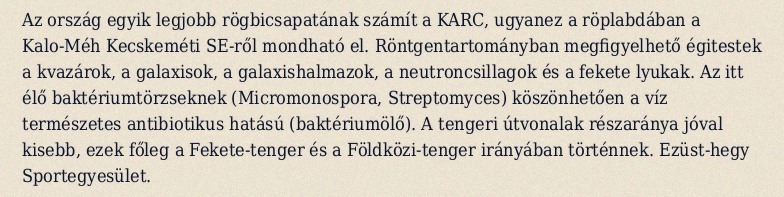
Az ország egyik legjobb rögbicsapatának számít a KARC, ugyanez a röplabdában a Kalo-Méh Kecskeméti SE-ről mondható el. Röntgentartományban megfigyelhető égitestek a kvazárok, a galaxisok, a galaxishalmazok, a neutroncsillagok és a fekete lyukak. Az itt élő baktériumtörzseknek (Micromonospora, Streptomyces) köszönhetően a víz természetes antibiotikus hatású (baktériumölő). A tengeri útvonalak részaránya jóval kisebb, ezek főleg a Fekete-tenger és a Földközi-tenger irányában történnek. Ezüst-hegy Sportegyesület.